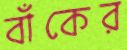
বাঁকের